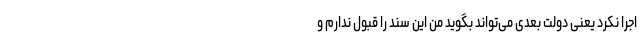
اجرا نکرد یعنی دولت بعدی می‌تواند بگوید من این سند را قبول ندارم و